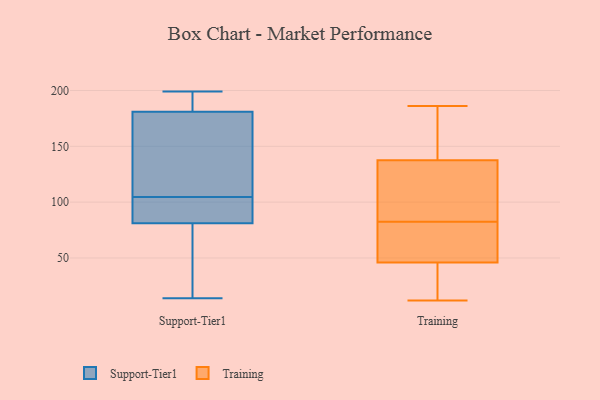
{"axis": {"x": "Gross Profit (USD K)", "y": "Value"}, "legend": ["Support-Tier1", "Training"], "data": [{"x": "", "y": 116, "type": "Support-Tier1"}, {"x": "", "y": 104, "type": "Support-Tier1"}, {"x": "", "y": 108, "type": "Support-Tier1"}, {"x": "", "y": 181, "type": "Support-Tier1"}, {"x": "", "y": 105, "type": "Support-Tier1"}, {"x": "", "y": 123, "type": "Support-Tier1"}, {"x": "", "y": 96, "type": "Support-Tier1"}, {"x": "", "y": 103, "type": "Support-Tier1"}, {"x": "", "y": 93, "type": "Support-Tier1"}, {"x": "", "y": 43, "type": "Support-Tier1"}, {"x": "", "y": 187, "type": "Support-Tier1"}, {"x": "", "y": 199, "type": "Support-Tier1"}, {"x": "", "y": 181, "type": "Support-Tier1"}, {"x": "", "y": 196, "type": "Support-Tier1"}, {"x": "", "y": 14, "type": "Support-Tier1"}, {"x": "", "y": 33, "type": "Support-Tier1"}, {"x": "", "y": 81, "type": "Support-Tier1"}, {"x": "", "y": 78, "type": "Support-Tier1"}, {"x": "", "y": 147, "type": "Training"}, {"x": "", "y": 27, "type": "Training"}, {"x": "", "y": 177, "type": "Training"}, {"x": "", "y": 90, "type": "Training"}, {"x": "", "y": 47, "type": "Training"}, {"x": "", "y": 130, "type": "Training"}, {"x": "", "y": 17, "type": "Training"}, {"x": "", "y": 45, "type": "Training"}, {"x": "", "y": 186, "type": "Training"}, {"x": "", "y": 145, "type": "Training"}, {"x": "", "y": 60, "type": "Training"}, {"x": "", "y": 87, "type": "Training"}, {"x": "", "y": 66, "type": "Training"}, {"x": "", "y": 16, "type": "Training"}, {"x": "", "y": 58, "type": "Training"}, {"x": "", "y": 12, "type": "Training"}, {"x": "", "y": 109, "type": "Training"}, {"x": "", "y": 118, "type": "Training"}, {"x": "", "y": 169, "type": "Training"}, {"x": "", "y": 78, "type": "Training"}]}